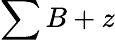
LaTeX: \sum B+z